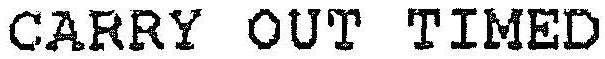
CARRY OUT TIMED